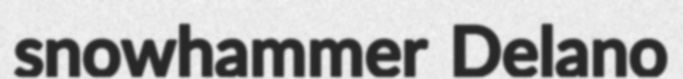
snowhammer Delano